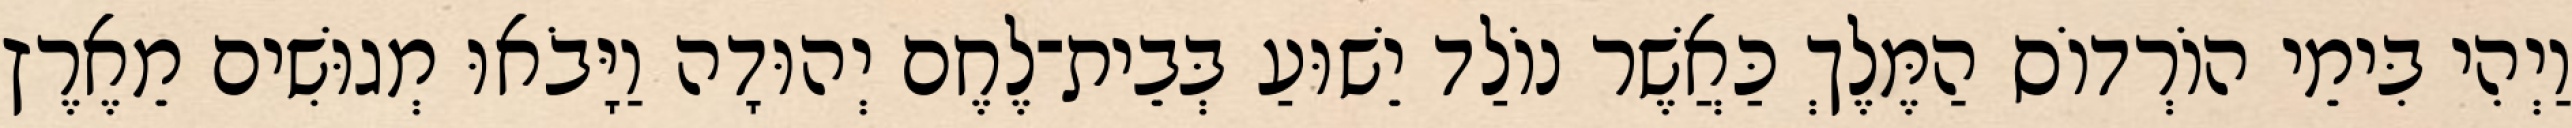
וַיְהִי בִּימֵי הוֹרְדוֹס הַמֶּלֶךְ כַּאֲשֶׁר נוֹלַד יֵשׁוּעַ בְּבֵית־לֶחֶם יְהוּדָה וַיָּבֹאוּ מְגוּשִׁים מֵאֶרֶץ